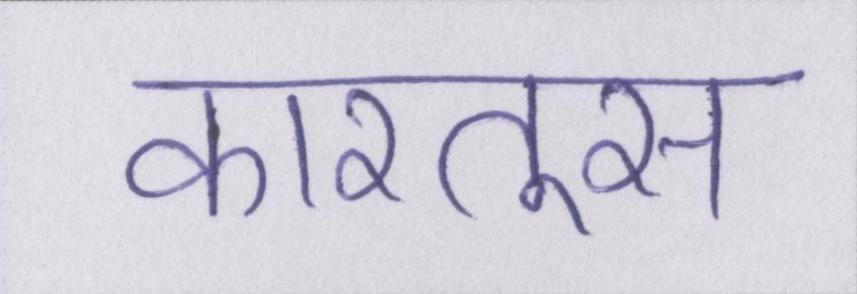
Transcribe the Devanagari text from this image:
कारतूस